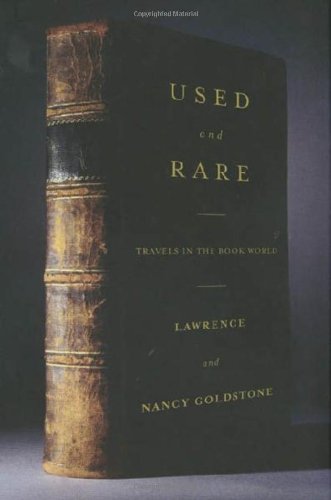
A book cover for Used and Rare: Travels in the Book World; Lawrence Goldstone; Crafts, Hobbies & Home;